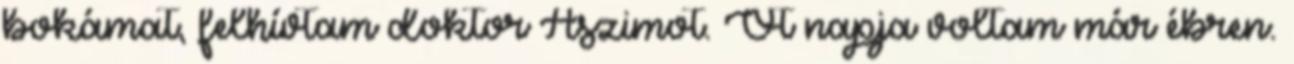
bokámat, felhívtam doktor Ászimot. Öt napja voltam már ébren.